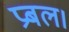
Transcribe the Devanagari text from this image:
प्रबल।